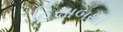
હિસાબથી